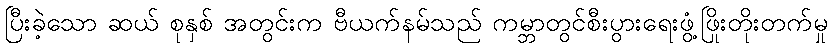
ပြီးခဲ့သော ဆယ် စုနှစ် အတွင်းက ဗီယက်နမ်သည် ကမ္ဘာတွင်စီးပွားရေးဖွံ့ဖြိုးတိုးတက်မှု